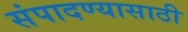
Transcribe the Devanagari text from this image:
संपादण्यासाठी